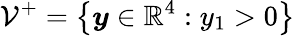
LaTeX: \mathcal{V}^{+}=\left\lbrace\boldsymbol{y}\in\mathbb{R}^{4}:y_{1}>0\right\rbrace